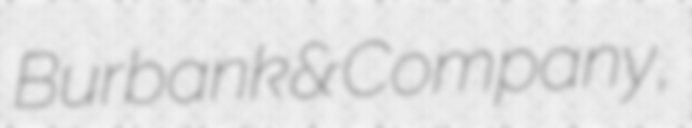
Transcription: Burbank & Company,